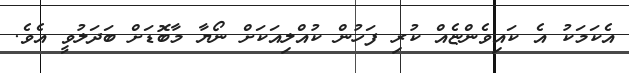
އެކަމަކު އެ ކައިވެންޏެއް ކުރި ފަހުން ކުއްލިއަކަށް ނޯޔާ މާބޮޑަށް ބަދަލުވީ އެވެ.